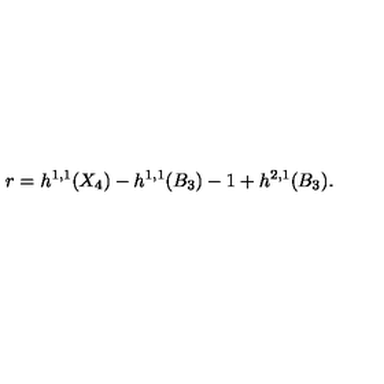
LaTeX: r = h ^ { 1 , 1 } ( X _ { 4 } ) - h ^ { 1 , 1 } ( B _ { 3 } ) - 1 + h ^ { 2 , 1 } ( B _ { 3 } ) .